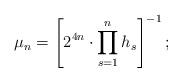
LaTeX: \begin{align*} \mu_n=\left[ 2^{4n}\cdot \prod_{s=1}^n h_s \right]^{-1};\end{align*}